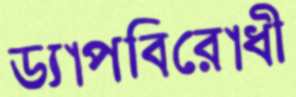
ড্যাপবিরোধী